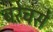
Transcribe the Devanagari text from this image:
बऱेचसे